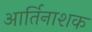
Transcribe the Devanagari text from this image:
आर्तिनाशक